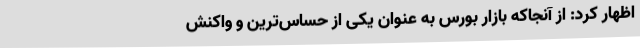
اظهار کرد: از آنجاکه بازار بورس به عنوان یکی از حساس‌ترین و واکنش